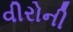
વીરોની